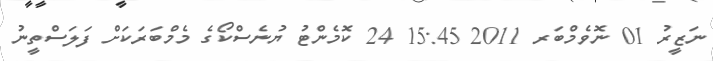
ނަޒީރު 01 ނޮވެމްބަރ 2011 15:45 24 ކޮމެންޓު ޔުނެސްކޯގެ މެމްބަރަކަށް ފަލަސްތީނު